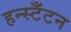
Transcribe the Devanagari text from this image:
हन्स्टँटन